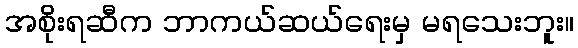
အစိုးရဆီက ဘာကယ်ဆယ်ရေးမှ မရသေးဘူး။